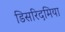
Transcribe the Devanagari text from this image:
डिसरिदमिया